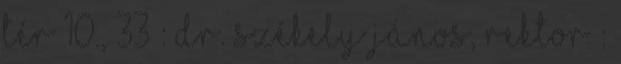
tér 10., 33 : Dr. Székely János, rektor :